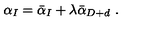
\alpha _ { I } = \bar { \alpha } _ { I } + \lambda \bar { \alpha } _ { D + d } \ .